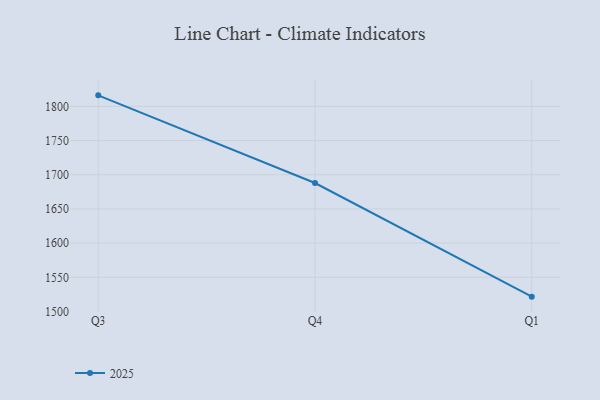
{"axis": {"x": "Quarter", "y": "Revenue (USD Million)"}, "legend": ["2025"], "data": [{"x": "Q3", "y": 1816.1, "type": "2025"}, {"x": "Q4", "y": 1687.9, "type": "2025"}, {"x": "Q1", "y": 1521.7, "type": "2025"}]}